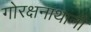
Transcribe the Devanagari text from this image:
गोरक्षनाथानी